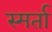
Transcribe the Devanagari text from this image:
स्मर्ता